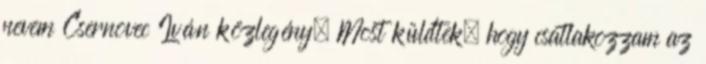
nevem Csernovec Iván közlegény. Most küldtek, hogy csatlakozzam az